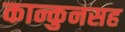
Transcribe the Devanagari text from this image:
कान्कुनसह